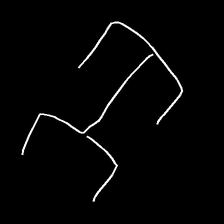
Glyph: entwine